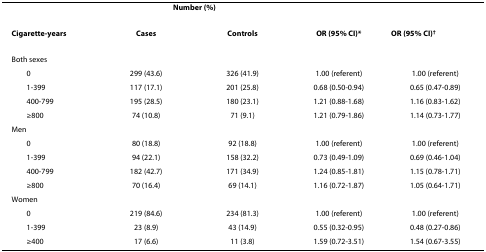
<table><thead><tr><td></td><td colspan="2"><b>Number (%)</b></td><td></td><td></td></tr><tr><td><b>Cigarette-years</b></td><td><b>Cases</b></td><td><b>Controls</b></td><td><b>OR (95% CI)*</b></td><td><b>OR (95% CI)<sup>†</sup></b></td></tr></thead><tbody><tr><td>Both sexes</td><td></td><td></td><td></td><td></td></tr><tr><td> 0</td><td>299 (43.6)</td><td>326 (41.9)</td><td>1.00 (referent)</td><td>1.00 (referent)</td></tr><tr><td> 1-399</td><td>117 (17.1)</td><td>201 (25.8)</td><td>0.68 (0.50-0.94)</td><td>0.65 (0.47-0.89)</td></tr><tr><td> 400-799</td><td>195 (28.5)</td><td>180 (23.1)</td><td>1.21 (0.88-1.68)</td><td>1.16 (0.83-1.62)</td></tr><tr><td> ≥800</td><td>74 (10.8)</td><td>71 (9.1)</td><td>1.21 (0.79-1.86)</td><td>1.14 (0.73-1.77)</td></tr><tr><td>Men</td><td></td><td></td><td></td><td></td></tr><tr><td> 0</td><td>80 (18.8)</td><td>92 (18.8)</td><td>1.00 (referent)</td><td>1.00 (referent)</td></tr><tr><td> 1-399</td><td>94 (22.1)</td><td>158 (32.2)</td><td>0.73 (0.49-1.09)</td><td>0.69 (0.46-1.04)</td></tr><tr><td> 400-799</td><td>182 (42.7)</td><td>171 (34.9)</td><td>1.24 (0.85-1.81)</td><td>1.15 (0.78-1.71)</td></tr><tr><td> ≥800</td><td>70 (16.4)</td><td>69 (14.1)</td><td>1.16 (0.72-1.87)</td><td>1.05 (0.64-1.71)</td></tr><tr><td>Women</td><td></td><td></td><td></td><td></td></tr><tr><td> 0</td><td>219 (84.6)</td><td>234 (81.3)</td><td>1.00 (referent)</td><td>1.00 (referent)</td></tr><tr><td> 1-399</td><td>23 (8.9)</td><td>43 (14.9)</td><td>0.55 (0.32-0.95)</td><td>0.48 (0.27-0.86)</td></tr><tr><td> ≥400</td><td>17 (6.6)</td><td>11 (3.8)</td><td>1.59 (0.72-3.51)</td><td>1.54 (0.67-3.55)</td></tr></tbody></table>